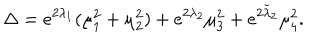
\Delta = e ^ { 2 \lambda _ { 1 } } ( \mu _ { 1 } ^ { 2 } + \mu _ { 2 } ^ { 2 } ) + e ^ { 2 \lambda _ { 2 } } \mu _ { 3 } ^ { 2 } + e ^ { 2 \tilde { \lambda } _ { 2 } } \mu _ { 4 } ^ { 2 } .